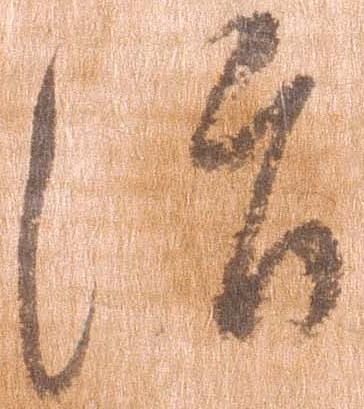
治